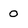
Character: 0